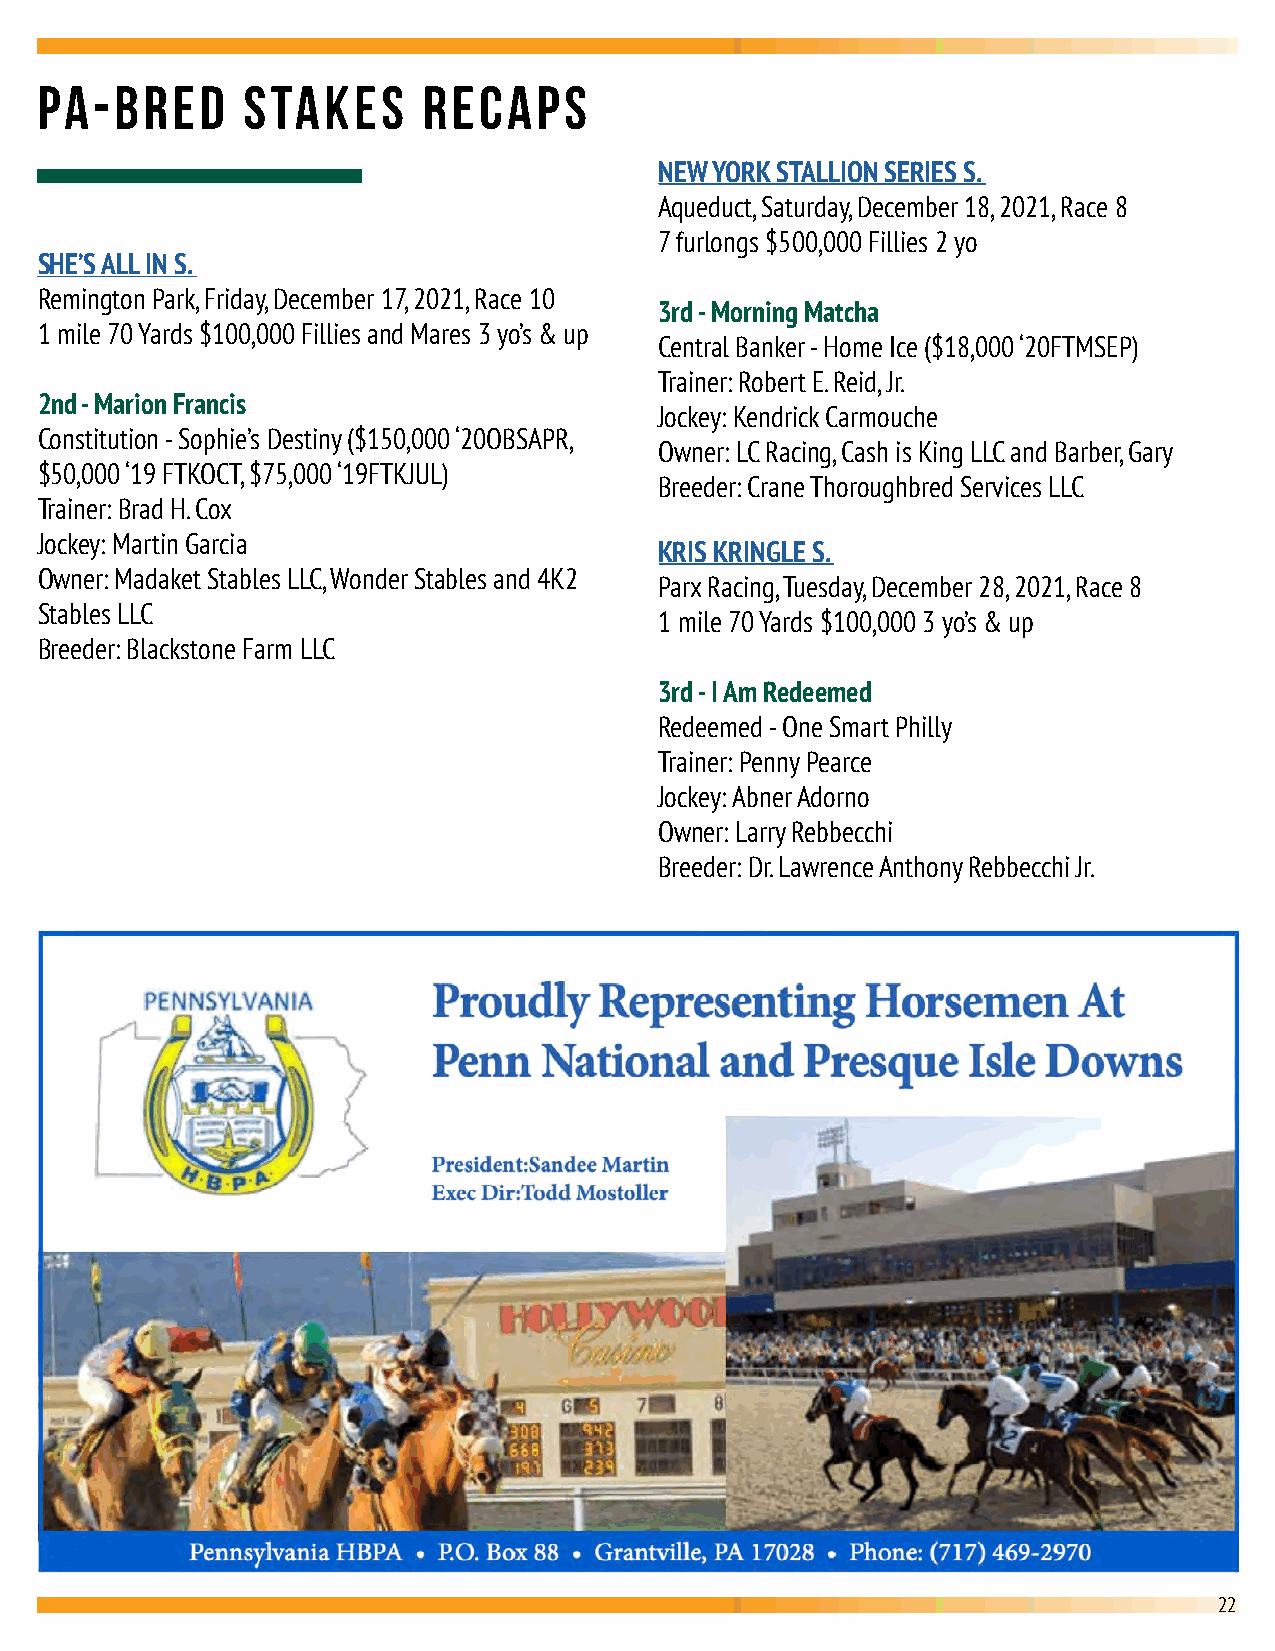
PA-BRED       STAKES      RECAPS
 NEW YORK STALLION SERIES S.
 Aqueduct, Saturday, December 18, 2021, Race 8
 7 furlongs $500,000 Fillies 2 yo
 SHE’S ALL IN S.
 Remington Park, Friday, December 17, 2021, Race 10
 3rd - Morning Matcha
 1 mile 70 Yards $100,000 Fillies and Mares 3 yo’s & up
 Central Banker - Home Ice ($18,000 ‘20FTMSEP)
 Trainer: Robert E. Reid, Jr.
 2nd - Marion Francis
 Jockey: Kendrick Carmouche
 Constitution - Sophie’s Destiny ($150,000 ‘20OBSAPR,
 Owner: LC Racing, Cash is King LLC and Barber, Gary
 $50,000 ‘19 FTKOCT, $75,000 ‘19FTKJUL)
 Breeder: Crane Thoroughbred Services LLC
 Trainer: Brad H. Cox
 Jockey: Martin Garcia
 KRIS KRINGLE S.
 Owner: Madaket Stables LLC, Wonder Stables and 4K2
 Parx Racing, Tuesday, December 28, 2021, Race 8
 Stables LLC
 1 mile 70 Yards $100,000 3 yo’s & up
 Breeder: Blackstone Farm LLC
 3rd - I Am Redeemed
 Redeemed - One Smart Philly
 Trainer: Penny Pearce
 Jockey: Abner Adorno
 Owner: Larry Rebbecchi
 Breeder: Dr. Lawrence Anthony Rebbecchi Jr.
 22